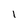
Character: l